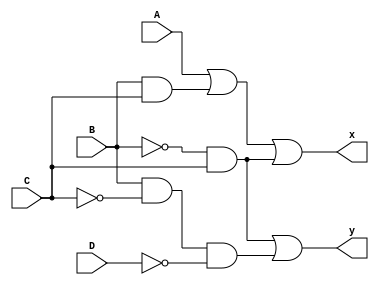

module circuit_bln(x,y,A,B,C,D);
   input A,B,C,D;
   output x,y;
   
   assign x = A | (B & C) | (~B & C);
   assign y = (~B & C ) | (B & ~C & ~D);
endmodule